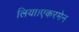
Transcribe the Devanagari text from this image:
लिया।एकरमेन